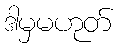
ဒါမှမဟုတ်